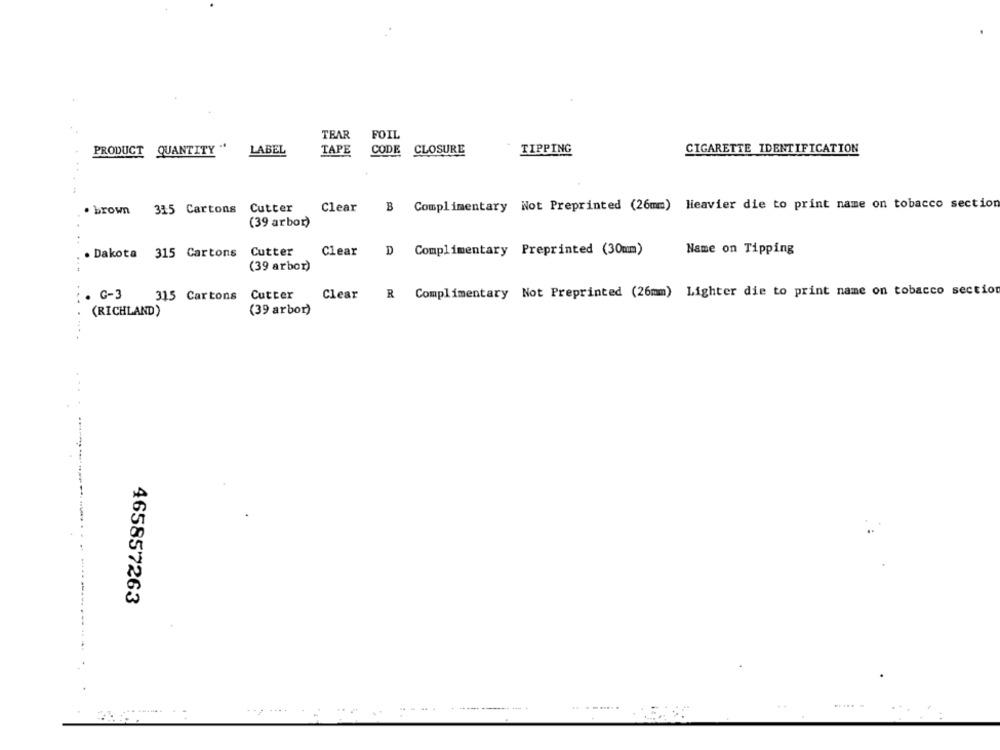
TEAR
FOIL
PRODUCT QUANTITY "
LABEL
TAPE
CODE
CLOSURE
TIPPING
CIGARETTE IDENTIFICATION
44
. brown
315 Cartons
Cutter
Clear
B
Complimentary Not Preprinted (26mm) Heavier die to print name on tobacco section
(39 arbor)
. Dakota 315 Cartons Cutter
Clear D Complimentary Preprinted (30mm)
Name on Tipping
(39 arbor)
R Complimentary Not Preprinted (26mm) Lighter die to print name on tobacco section
.. .
. G-3
315 Cartons Cutter
Clear
(RICHLAND)
(39 arbor)
465857263